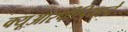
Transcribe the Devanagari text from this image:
क्यूआरपीडियाचे